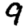
Digit: 9